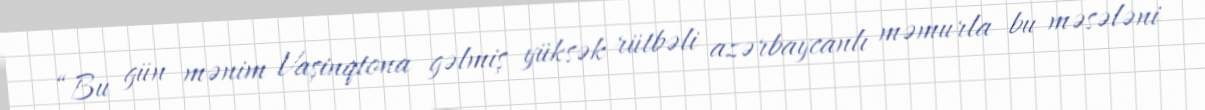
“Bu gün mənim Vaşinqtona gəlmiş yüksək rütbəli azərbaycanlı məmurla bu məsələni